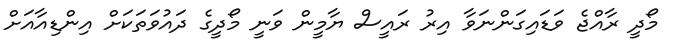
މޯދީ ރާއްޖެ ވަޑައިގަންނަވާ އިރު ރައީސް ޔާމީން ވަނީ މޯދީގެ ދައުވަތަކަށް އިންޑިއާއަށް